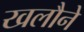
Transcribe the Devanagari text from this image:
खलौने